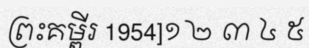
ព្រះគម្ពីរ 1954]១ ២ ៣ ៤ ៥